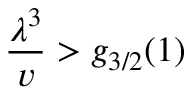
{ \frac { \lambda ^ { 3 } } { v } } > g _ { 3 / 2 } ( 1 )